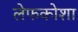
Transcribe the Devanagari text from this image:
लेफकोशा